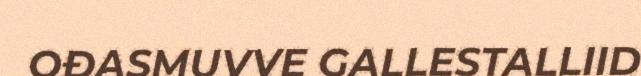
OĐASMUVVE GALLESTALLIID